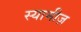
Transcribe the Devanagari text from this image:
स्यामीज़